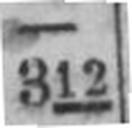
312